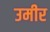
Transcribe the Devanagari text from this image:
उमीर